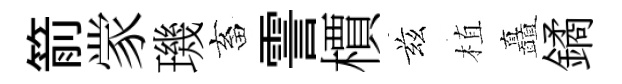
箭䝉璣畜霅檟兹植矗鐍